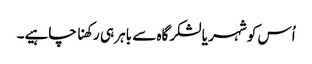
اُس کو شہر یا لشکرگاہ سے باہر ہی رکھنا چاہیے۔